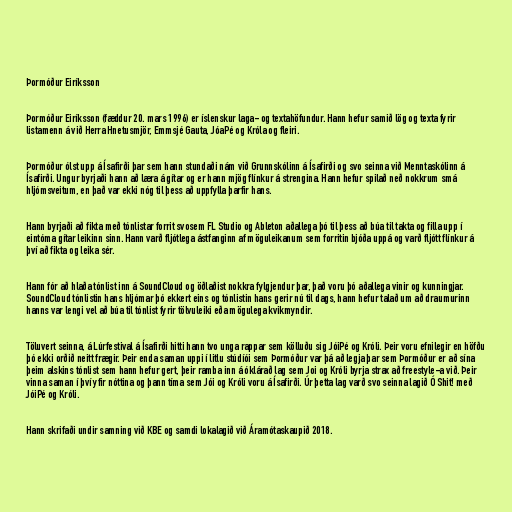
Þormóður Eiríksson

Þormóður Eiríksson (fæddur 20. mars 1996) er íslenskur laga- og textahöfundur. Hann hefur samið lög og texta fyrir
listamenn á við Herra Hnetusmjör, Emmsjé Gauta, JóaPé og Króla og fleiri.

Þormóður ólst upp á Ísafirði þar sem hann stundaði nám við Grunnskólinn á Ísafirði og svo seinna við Menntaskólinn á
Ísafirði. Ungur byrjaði hann að læra á gítar og er hann mjög flínkur á strengina. Hann hefur spilað neð nokkrum smá
hljómsveitum, en það var ekki nóg til þess að uppfylla þarfir hans.

Hann byrjaði að fikta með tónlistar forrit svosem FL Studio og Ableton aðallega þó til þess að búa til takta og filla upp í
eintóma gítar leikinn sinn. Hann varð fljótlega ástfanginn af möguleikanum sem forritin bjóða uppá og varð fljótt flínkur á
því að fikta og leika sér.

Hann fór að hlaða tónlist inn á SoundCloud og öðlaðist nokkra fylgjendur þar, það voru þó aðallega vinir og kunningjar.
SoundCloud tónlistin hans hljómar þó ekkert eins og tónlistin hans gerir nú til dags, hann hefur talað um að draumurinn
hanns var lengi vel að búa til tónlist fyrir tölvuleiki eða mögulega kvikmyndir.

Töluvert seinna, á Lúrfestival á Ísafirði hitti hann tvo unga rappar sem kölluðu sig JóiPé og Króli. Þeir voru efnilegir en höfðu
þó ekki orðið neitt frægir. Þeir enda saman uppi í litlu stúdíói sem Þormóður var þá að legja þar sem Þormóður er að sína
þeim alskins tónlist sem hann hefur gert, þeir ramba inn á óklárað lag sem Joi og Króli byrja strax að freestyle-a við. Þeir
vinna saman í því yfir nóttina og þann tíma sem Jói og Króli voru á Ísafirði. Úr þetta lag varð svo seinna lagið Ó Shit! með
JóiPé og Króli.

Hann skrifaði undir samning við KBE og samdi lokalagið við Áramótaskaupið 2018.